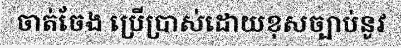
ចាត់ចែង ប្រើប្រាស់ដោយខុសច្បាប់នូវ